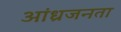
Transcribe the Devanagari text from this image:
आंध्रजनता